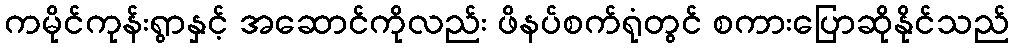
ကမိုင်ကုန်းရွာနှင့် အဆောင်ကိုလည်း ဖိနပ်စက်ရုံတွင် စကားပြောဆိုနိုင်သည်